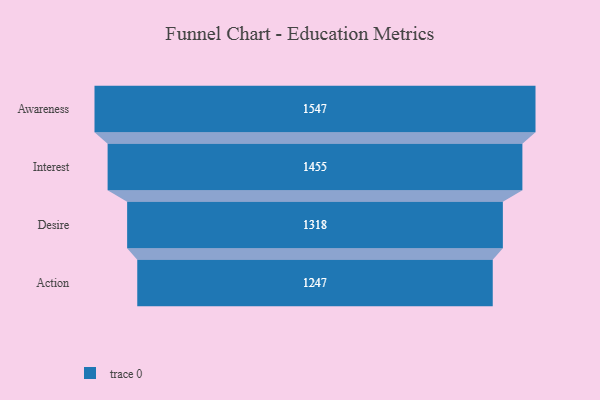
{"axis": {"x": "Stage", "y": "Value"}, "legend": [""], "data": [{"x": "Awareness", "y": 1547.0, "type": ""}, {"x": "Interest", "y": 1455.0, "type": ""}, {"x": "Desire", "y": 1318.0, "type": ""}, {"x": "Action", "y": 1247.0, "type": ""}]}